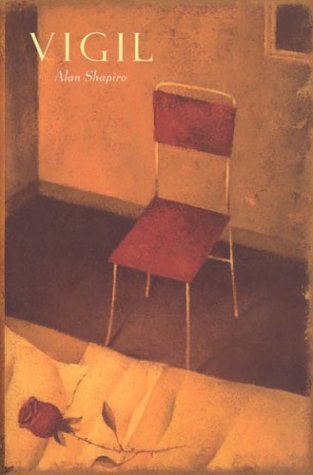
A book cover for Vigil; Alan Shapiro; Medical Books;